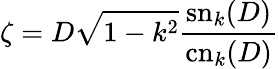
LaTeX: \zeta=D\sqrt{1-k^{2}}\frac{\mathrm{sn}_{k}(D)}{\mathrm{cn}_{k}(D)}